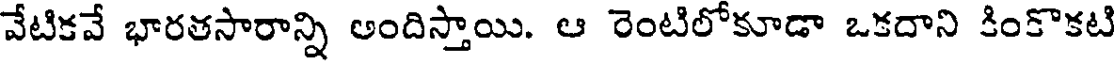
వేటికవే భారతసారాన్ని అందిస్తాయి. ఆ రెంటిలోకూడా ఒకదాని కింకొకటి